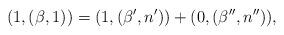
LaTeX: \begin{align*}(1,(\beta,1))=(1,(\beta',n'))+(0,(\beta'',n'')),\end{align*}